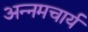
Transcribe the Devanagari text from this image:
अन्नमचार्य